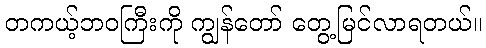
တကယ့်ဘဝကြီးကို ကျွန်တော် တွေ့မြင်လာရတယ်။